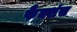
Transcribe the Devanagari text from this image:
फैक्शंस